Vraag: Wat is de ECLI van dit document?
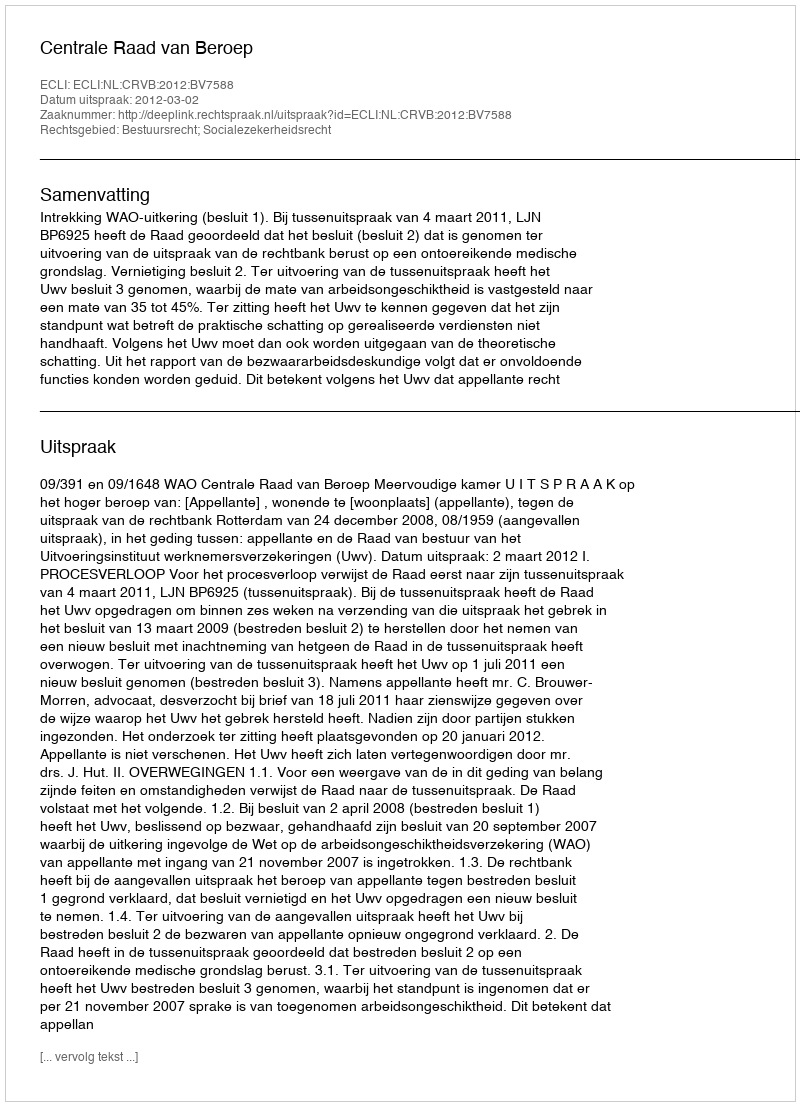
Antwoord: ECLI:NL:CRVB:2012:BV7588